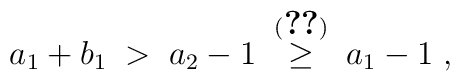
a_1 + b_1 \;>\; a_2 - 1 \;\stackrel{(\ref{eq:Dbm})}{\geq}\; a_1 - 1 \;,